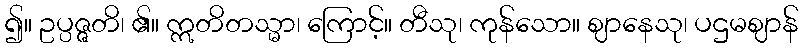
၍။ ဥပ္ပဇ္ဇတိ၊ ၏။ ဣတိတသ္မာ၊ ကြောင့်။ တီသု၊ ကုန်သော။ ဈာနေသု၊ ပဌမဈာန်